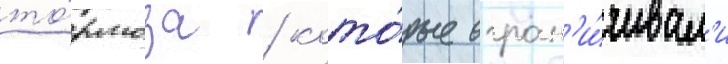
то́рмоза / кото́рые огран'и́чивал'и